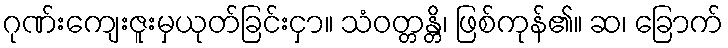
ဂုဏ်းကျေးဇူးမှယုတ်ခြင်းငှာ။ သံဝတ္တန္တိ၊ ဖြစ်ကုန်၏။ ဆ၊ ခြောက်